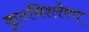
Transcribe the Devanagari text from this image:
कूटविश्लेषण